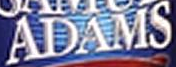
ADAMS